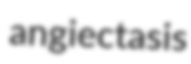
angiectasis